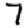
Digit: 7